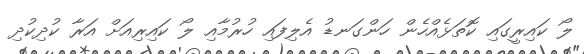
ލޯ ކައިރީގައި ކޮތަޅެއްހެން ހަންގަނޑު އެލިފައި ހުރުމާއި ލޯ ކައިރިއަށް އަރާ ކުދިކުދި